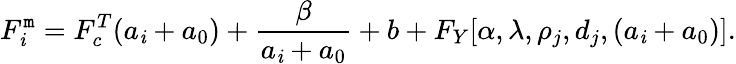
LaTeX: F_{\mathit{i}}^{\mathtt{m}}=F_{c}^{T}(a_{\mathit{i}}+a_{0})+\frac{{\beta}}{{a_{\mathit{i}}+a_{0}}}+b+F_{Y}[\alpha,\lambda,\rho_{j},d_{j},(a_{\mathit{i}}+a_{0})].